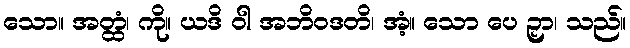
သော။ အတ္ထံ၊ ကို။ ယဒိ ဝါ အဘိဝဒတိ၊ အံ့။ သော ပေ ဉှာ၊ သည်။